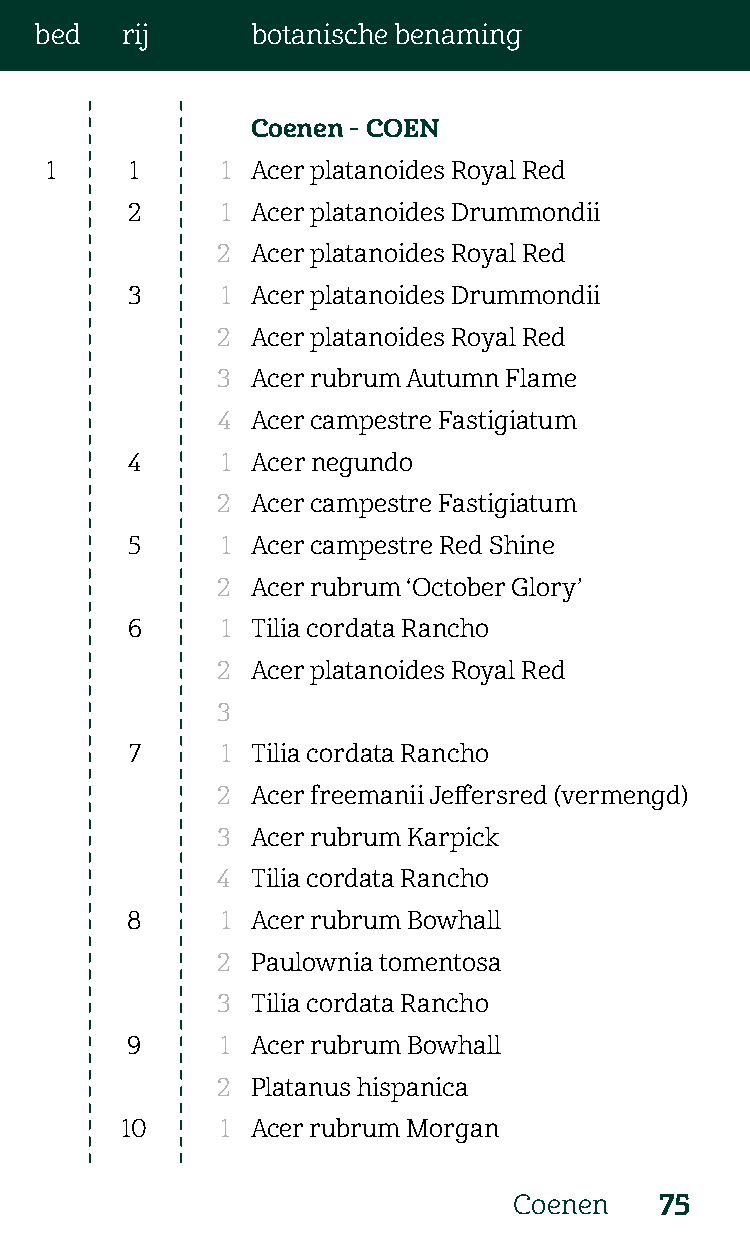
bed   rij      botanische benaming
 Coenen - COEN
 1     1     1 Acer platanoides Royal Red
 2      1 Acer platanoides Drummondii
 2  Acer platanoides Royal Red
 3      1 Acer platanoides Drummondii
 2  Acer platanoides Royal Red
 3  Acer rubrum Autumn Flame
 4  Acer campestre Fastigiatum
 4      1 Acer negundo
 2  Acer campestre Fastigiatum
 5      1 Acer campestre Red Shine
 2  Acer rubrum ‘October Glory’
 6      1 Tilia cordata Rancho
 2  Acer platanoides Royal Red
 3
 7     1 Tilia cordata Rancho
 2  Acer freemanii Jeffersred (vermengd)
 3  Acer rubrum Karpick
 4  Tilia cordata Rancho
 8      1 Acer rubrum Bowhall
 2  Paulownia tomentosa
 3  Tilia cordata Rancho
 9      1 Acer rubrum Bowhall
 2  Platanus hispanica
 10     1 Acer rubrum Morgan
 Coenen    75